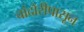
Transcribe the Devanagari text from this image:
चांदोरीपासून